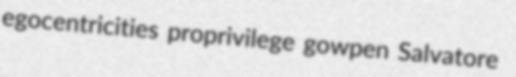
egocentricities proprivilege gowpen Salvatore